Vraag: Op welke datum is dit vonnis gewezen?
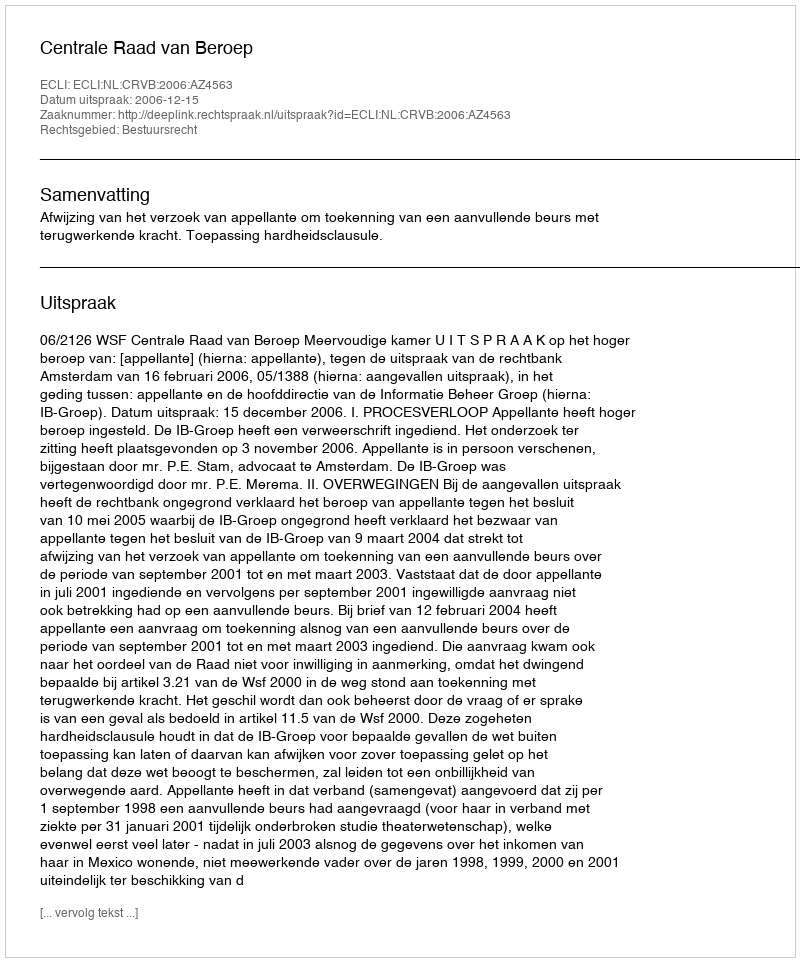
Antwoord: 2006-12-15